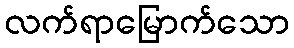
လက်ရာမြောက်သော